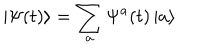
LaTeX: \left| \Psi ( t ) \right\rangle = \sum _ { a } \Psi ^ { a } ( t ) \left| a \right\rangle